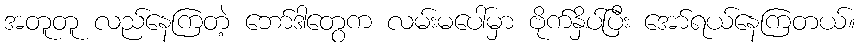
အတူတူ လည်နေကြတဲ့ ဘော်ဒါတွေက လမ်းမပေါ်မှာ ဗိုက်နှိပ်ပြီး အော်ရယ်နေကြတယ်။